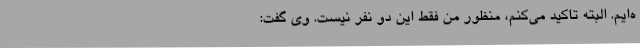
ه‌ایم. البته تاکید می‌کنم، منظور من فقط این دو نفر نیست. وی گفت: